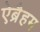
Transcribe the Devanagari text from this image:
ऐब्रैहम